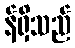
န်ရှိသည်